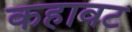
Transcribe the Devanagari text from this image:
कहावट